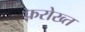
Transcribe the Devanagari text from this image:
फ़रोख्त